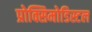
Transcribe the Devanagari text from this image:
प्रोक्सिमोडिस्टल